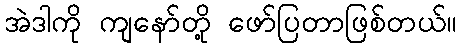
အဲဒါကို ကျနော်တို့ ဖော်ပြတာဖြစ်တယ်။